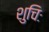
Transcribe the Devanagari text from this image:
शुचिः